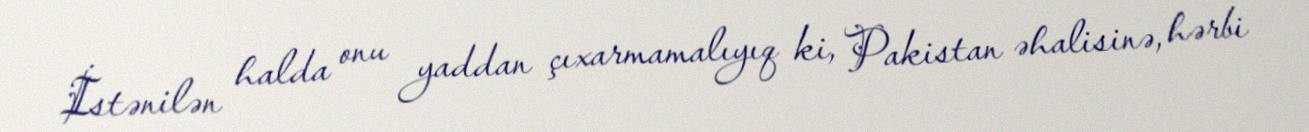
İstənilən halda onu yaddan çıxarmamalıyıq ki, Pakistan əhalisinə, hərbi